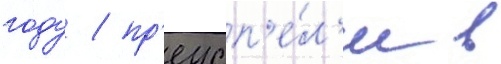
году / пр'еусп'е́л'и в